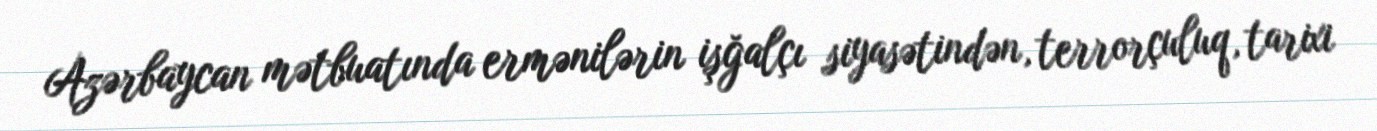
Azərbaycan mətbuatında ermənilərin işğalçı siyasətindən, terrorçuluq, tarixi